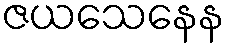
ဇယသေနေန